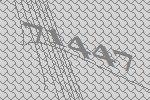
71447